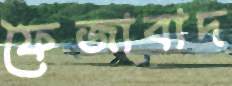
ফৈজাবাদ